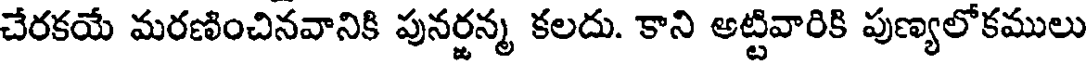
చేరకయే మరణించినవానికి పునర్జన్మ కలదు. కాని అట్టివారికి పుణ్యలోకములు